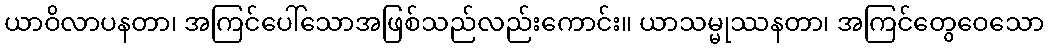
ယာဝိလာပနတာ၊ အကြင်ပေါ်သောအဖြစ်သည်လည်းကောင်း။ ယာသမ္မုဿနတာ၊ အကြင်တွေဝေသော